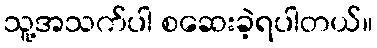
သူ့အသက်ပါ စဆေးခဲ့ရပါတယ်။